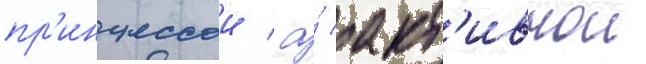
пр'инцессои / а́ акт'ивнои